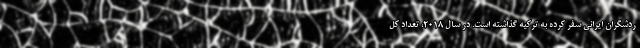
ردشگران ایرانی سفر کرده به ترکیه گذاشته است. در سال ۲۰۱۸، تعداد کل